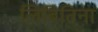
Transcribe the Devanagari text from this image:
लिबितिना